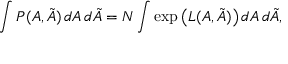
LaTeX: \int P ( A , { \tilde { A } } ) \, d A \, d { \tilde { A } } = N \int \exp \left( L ( A , { \tilde { A } } ) \right) d A \, d { \tilde { A } } ,